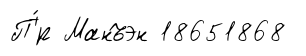
П'́р Манъэн 18651868